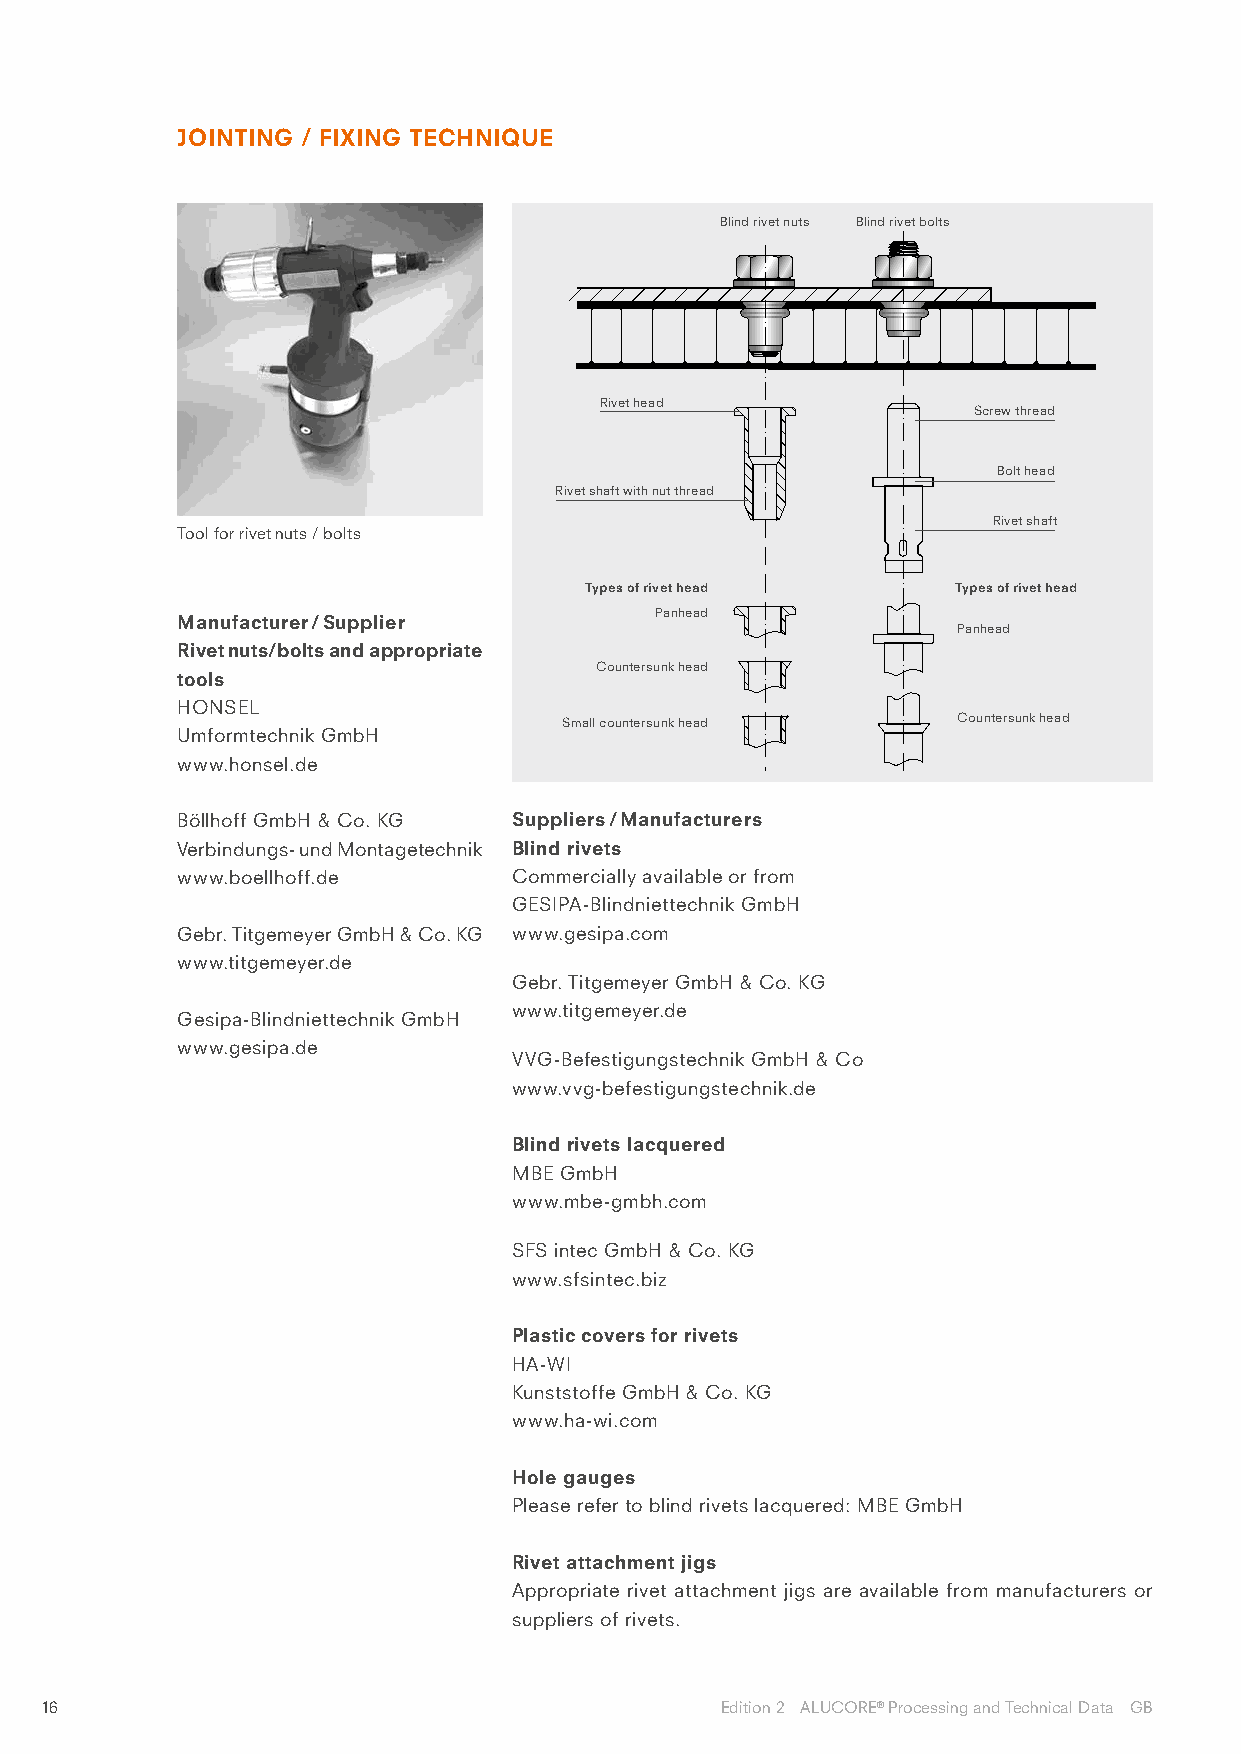
JOINTING / FIXING TECHNIQUE
 Blind rivet nuts Blind rivet bolts
 Rivet head
 Screw thread
 Bolt head
 Rivet shaft with nut thread
 Rivet shaft
 Tool for rivet nuts / bolts
 Types of rivet head     Types of rivet head
 Panhead
 Manufacturer / Supplier
 Panhead
 Rivet nuts/bolts and appropriate
 Countersunk head
 tools
 HONSEL
 Small countersunk head    Countersunk head
 Umformtechnik GmbH
 www.honsel.de
 Böllhoff GmbH & Co. KG Suppliers / Manufacturers
 Verbindungs- und Montagetechnik Blind rivets
 www.boellhoff.de      Commercially available or from
 GESIPA-Blindniettechnik GmbH
 Gebr. Titgemeyer GmbH & Co. KG www.gesipa.com
 www.titgemeyer.de
 Gebr. Titgemeyer GmbH & Co. KG
 www.titgemeyer.de
 Gesipa-Blindniettechnik GmbH
 www.gesipa.de
 VVG-Befestigungstechnik GmbH & Co
 www.vvg-befestigungstechnik.de
 Blind rivets lacquered
 MBE GmbH
 www.mbe-gmbh.com
 SFS intec GmbH & Co. KG
 www.sfsintec.biz
 Plastic covers for rivets
 HA-WI
 Kunststoffe GmbH & Co. KG
 www.ha-wi.com
 Hole gauges
 Please refer to blind rivets lacquered: MBE GmbH
 Rivet attachment jigs
 Appropriate rivet attachment jigs are available from manufacturers or
 suppliers of rivets.
 16                                           Edition 2 ALUCORE® Processing and Technical Data GB